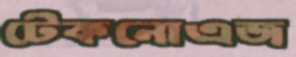
টেকনোএজ